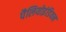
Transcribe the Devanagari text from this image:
पैलियोइंडियन